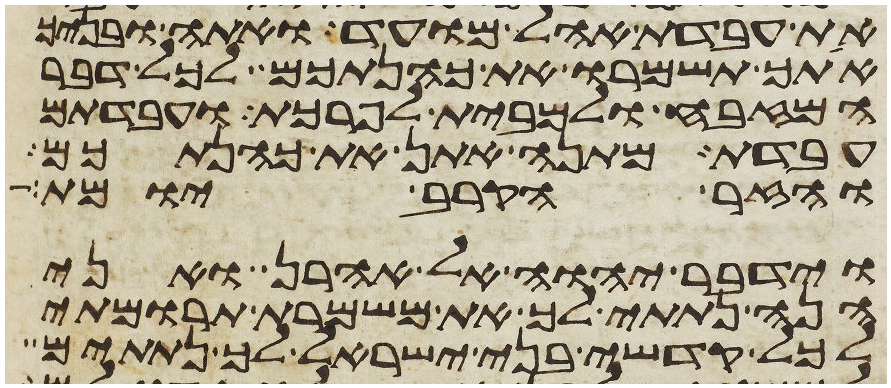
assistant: את עבדת אהל מועד ואתה ובניך
אתך תשמרו את כהנתכם לכל דבר
המזבח ולמבית לפרכת ועבדתם
עבדת מתנה אתן את כהנתכם
והזר הקרב יומת
וידבר יהוה אל אהרן ואני
הנה נתתי לך את משמרת תרומתי
לכל קדשי בני ישראל לך נתתים